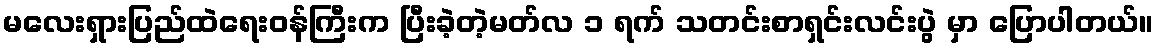
မလေးရှားပြည်ထဲရေးဝန်ကြီးက ပြီးခဲ့တဲ့မတ်လ ၁ ရက် သတင်းစာရှင်းလင်းပွဲ မှာ ပြောပါတယ်။